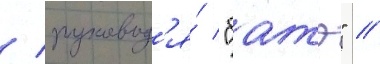
/ руковод'я́ "батэ" //